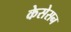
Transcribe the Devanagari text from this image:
केसेसन